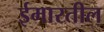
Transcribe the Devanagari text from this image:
ईमारतील